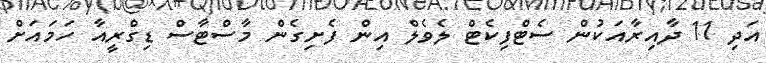
އަދި 11 ދާއިރާއަކުން ސެޓްފިކެޓް ލެވެލް އިން ފެށިގެން މާސްޓާސް ޑިގްރީއާ ހަމައަށް